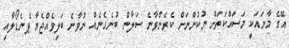
އޭގެ މާނައަކީ މަސައްކަތަށް ނުކުންނަށް ކެރެންވާނެ ސަލާން ބުނެގެނެއް ނުވާނެ ބަލިވެއްޖެޔާ ޕެނެޑޯލާއި